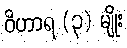
ဝိဟာရ (၃) မျိုး